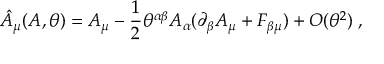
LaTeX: \hat { A } _ { \mu } ( A , \theta ) = A _ { \mu } - \frac { 1 } { 2 } \theta ^ { \alpha \beta } A _ { \alpha } ( \partial _ { \beta } A _ { \mu } + F _ { \beta \mu } ) + O ( \theta ^ { 2 } ) \; ,